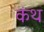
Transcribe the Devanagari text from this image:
कंथ